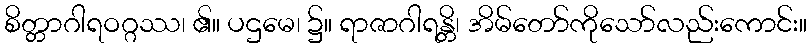
စိတ္တာဂါရဝဂ္ဂဿ၊ ၏။ ပဌမေ၊ ၌။ ရာဇာဂါရန္တိ၊ အိမ်တော်ကိုသော်လည်းကောင်း။